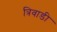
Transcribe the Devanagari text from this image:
त्रिवाडी